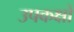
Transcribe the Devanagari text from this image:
उपकक्षों